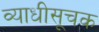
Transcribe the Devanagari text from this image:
व्याधीसूचक